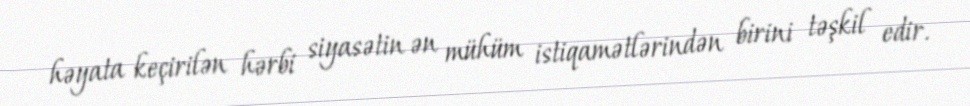
həyata keçirilən hərbi siyasətin ən mühüm istiqamətlərindən birini təşkil edir.